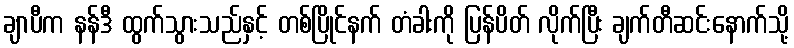
ချာပီက နန်ဒီ ထွက်သွားသည်နှင့် တစ်ပြိုင်နက် တံခါးကို ပြန်ပိတ် လိုက်ပြီး ချက်တီဆင်းနောက်သို့